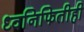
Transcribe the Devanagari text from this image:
ध्वनिफितीही